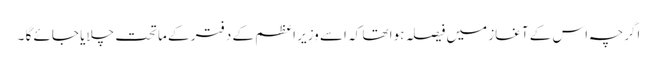
اگرچہ اس کے آغاز میں فیصلہ ہوا تھا کہ اسے وزیر اعظم کے دفتر کے ماتحت چلایا جائے گا ۔